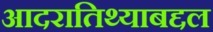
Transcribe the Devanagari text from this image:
आदरातिथ्याबद्दल